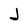
Character: J